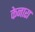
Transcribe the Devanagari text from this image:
केनारा